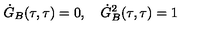
\dot { G } _ { B } ( \tau , \tau ) = 0 , \quad \dot { G } _ { B } ^ { 2 } ( \tau , \tau ) = 1